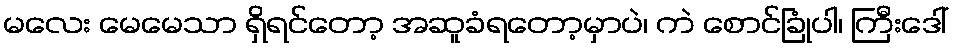
မလေး မေမေသာ ရှိရင်တော့ အဆူခံရတော့မှာပဲ၊ ကဲ စောင်ခြုံပါ၊ ကြီးဒေါ်